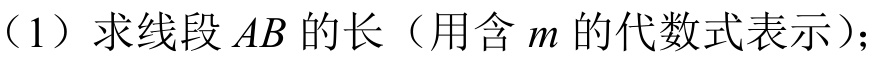
（1）求线段\(AB\)的长（用含\(m\)的代数式表示）；